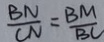
\frac { B N } { C N } = \frac { B M } { B C }